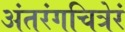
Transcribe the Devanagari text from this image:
अंतरंगचित्रेरं